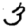
Digit: 3